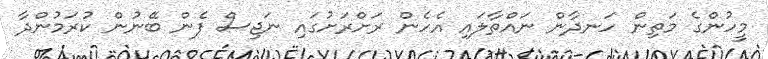
މީހުންގެ މަތިން ހަނދާން ނައްތާލައި އެހެން ރަށްރަށުގައި ނަޖިސް ފެން ބޭނުން ކުރަމުންދާ